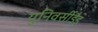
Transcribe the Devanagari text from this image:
युनिवर्सीडैड